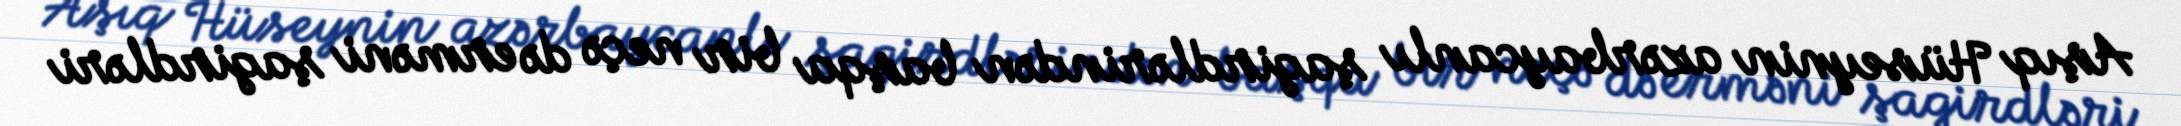
Aşıq Hüseynin azərbaycanlı şagirdlərindən başqa bir neçə də erməni şagirdləri